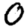
Digit: 0